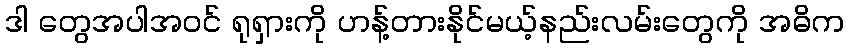
ဒါ တွေအပါအဝင် ရုရှားကို ဟန့်တားနိုင်မယ့်နည်းလမ်းတွေကို အဓိက